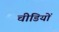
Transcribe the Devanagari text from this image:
चीडियों